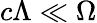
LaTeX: c\Lambda\ll\Omega